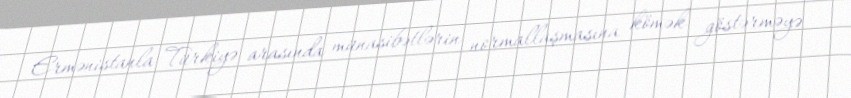
Ermənistanla Türkiyə arasında münasibətlərin normallaşmasına kömək göstərməyə